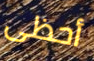
أحظى